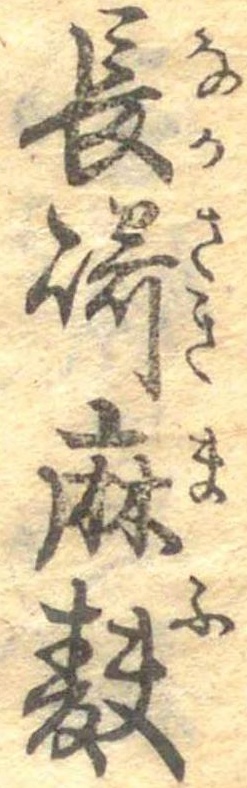
長崎麻麩